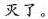
灭了。